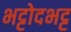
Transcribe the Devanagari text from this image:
भट्टोदभट्ट